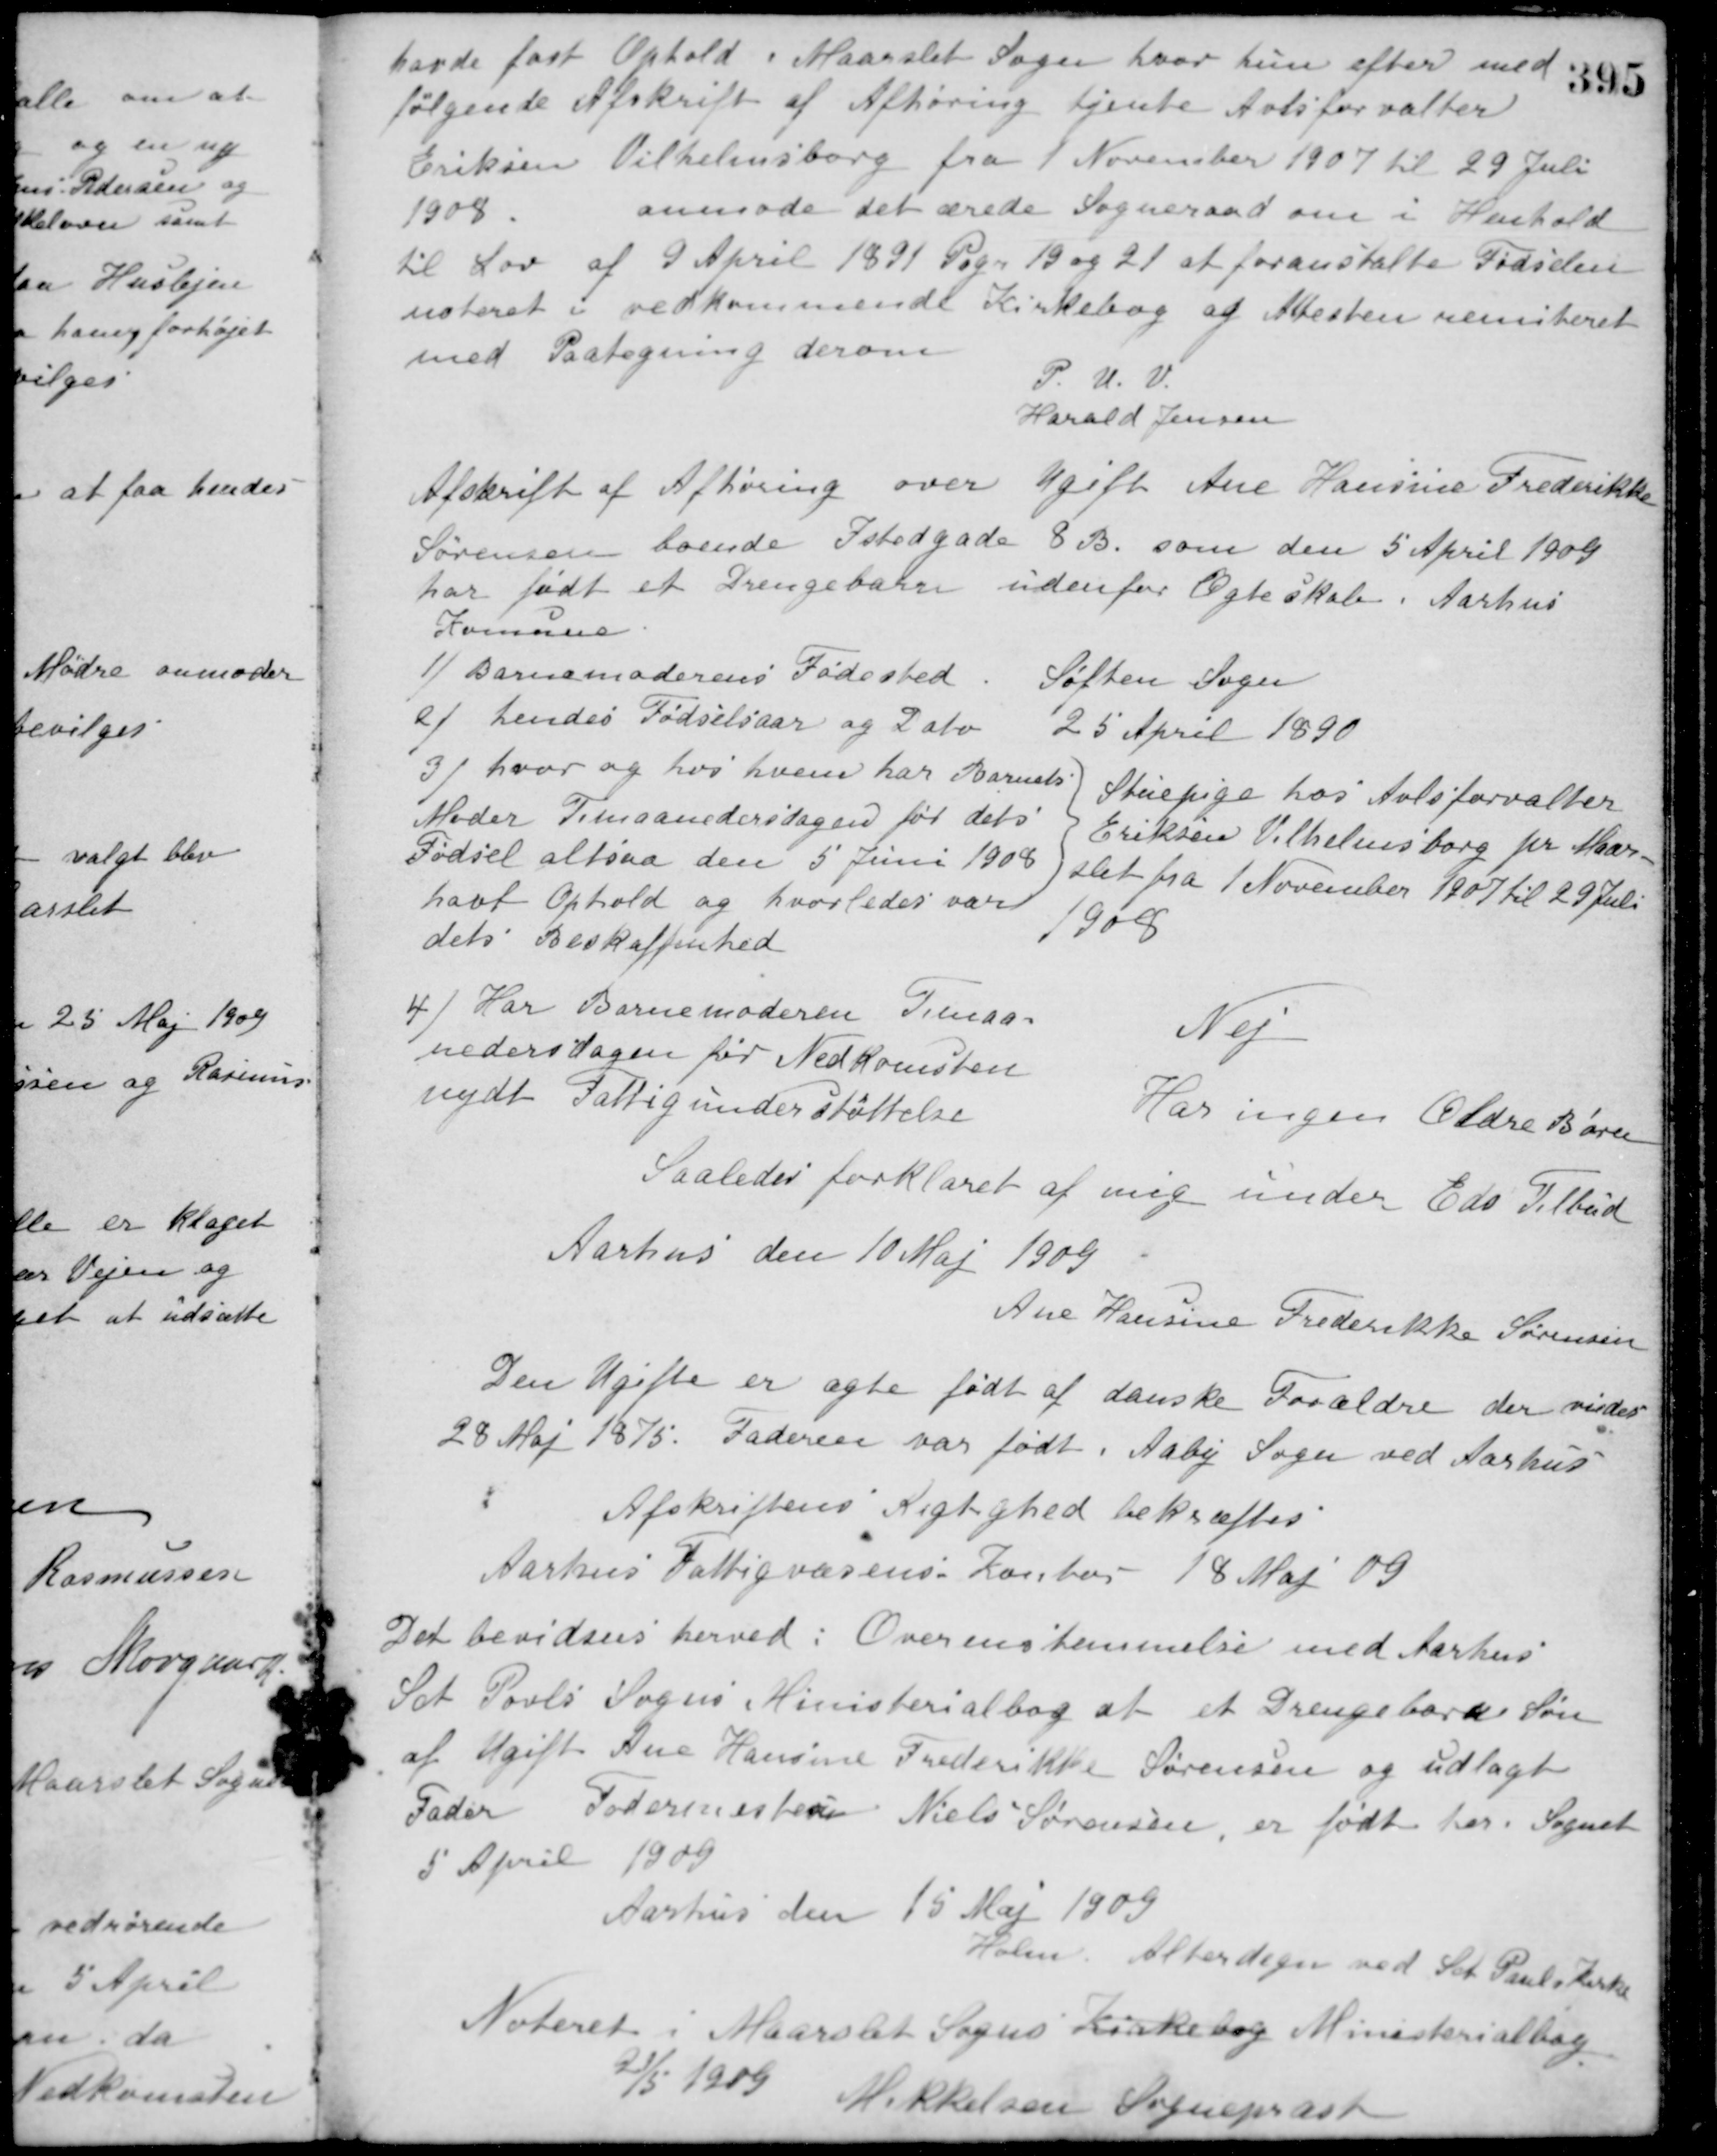
Transskription:
havde fast Ophold i Maarslet Sogn hvor hun efter med-
følgende Afskrift af Afhøring tjente Avlsforvalter
Eriksen Vilhelmsborg fra 1 November 1907 til 29 Juli
1908.
anmoder det ærede Sogneraad om i Henhold
til Lov af 9 April 1891 Pagn 19 og 21 at foranstalte Fødselen
noteret i vedkommende Kirkebog og Attesten remiteret
med Paategning derom
P. U. V.
Harald Jensen
Afskrift af Afhøring over Ugift Ane Hansine Frederikke
Sørensen boende Istedgade 8 B. som den 5 April 1909
har født et Drengebarn udenfor Ægteskab i Aarhus
Komune.
1) Barnemoderens Fødested.
Søften Sogn
2) hendes Fødselsaar og Dato
25 April 1890
3) hvor og hos hvem har Barnets
Moder Timaanedersdagen før dets
Fødsel altsaa den 5 Juni 1908
havt Ophold og hvorledes var
dets Beskaffenhed
Stuepige hos Avlsforvalter
Eriksen Vilhelmsborg pr. Maar-
slet fra 1 November 1907 til 29 Juli
1908
4) Har Barnemoderen Tremaa-
nedersdagen før Nedkomsten
nydt Fattigunderstøttelse
Nej
Har ingen Ældre Børn
Saaledes forklaret af mig under Eds Tilbud
Aarhus den 10 Maj 1909
Ane Hansine Frederikke Sørensen
Den Ugifte er ægte født af danske Forældre der viedes
28 Maj 1875. Faderen var født i Aaby Sogn ved Aarhus
Afskriftens Rigtighed bekræftes
Aarhus Fattigvæsens Kontor 18 Maj 09
Det bevidnes herved i Overenstemmelse med Aarhus
Sct. Pouls Sogns Ministerialbog at et Drengebarn Søn
af Ugift Ane Hansine Frederikke Sørensen og udlagt
Fader Fodermesteren Niels Sørensen, er født her i Sognet
5 April 1909
Aarhus den 15 Maj 1909
Holm Alterdegn ved Sct. Pouls Kirke
Noteret i Maarslet Sogns Kirkebog Ministerialbog
21/5 1909
Mikkelsen Sognepræst